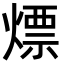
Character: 熛